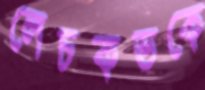
লেচকভকে